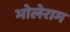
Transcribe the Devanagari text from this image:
भोलेराम